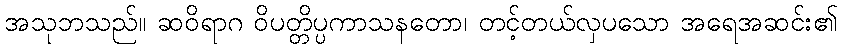
အသုဘသည်။ ဆဝိရာဂ ဝိပတ္တိပ္ပကာသနတော၊ တင့်တယ်လှပသော အရေအဆင်း၏